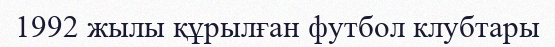
1992 жылы құрылған футбол клубтары